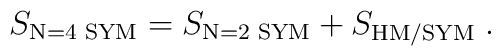
S_{\mbox{\scriptsize N=4 SYM}} =  S_{\mbox{\scriptsize N=2 SYM}} + S_{\mbox{\scriptsize HM/SYM}}\;.